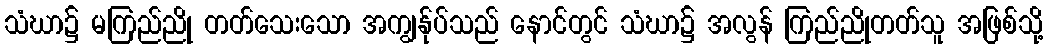
သံဃာ၌ မကြည်ညို တတ်သေးသော အကျွန်ုပ်သည် နောင်တွင် သံဃာ၌ အလွန် ကြည်ညိုတတ်သူ အဖြစ်သို့